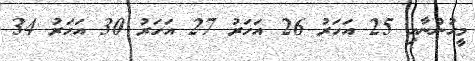
މީހުންނާއި 25 އަހަރު 26 އަހަރު 27 އަހަރު 30 އަހަރު 34